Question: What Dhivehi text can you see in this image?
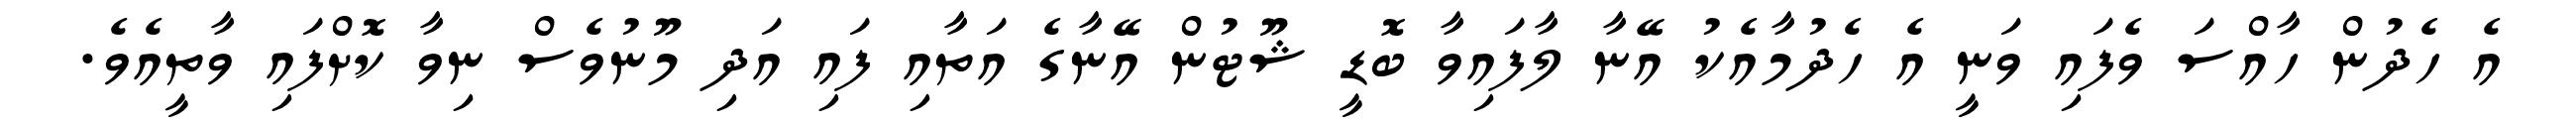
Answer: އެ ހެދުން ހާއްސަ ވެފައި ވަނީ އެ ހެދުމާއެކު އޭނާ ލާފައިވާ ބޮޑީ ޝޫޓުން އޭނާގެ އަތާއި ފައި އަދި މޫނުވެސް ނިވާ ކޮށްފައި ވާތީއެވެ.